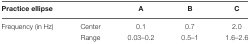
<table><thead><tr><td><b>Practice ellipse</b></td><td></td><td><b>A</b></td><td><b>B</b></td><td><b>C</b></td></tr></thead><tbody><tr><td>Frequency (in Hz)</td><td>Center</td><td>0.1</td><td>0.7</td><td>2.0</td></tr><tr><td></td><td>Range</td><td>0.03–0.2</td><td>0.5–1</td><td>1.6–2.6</td></tr></tbody></table>